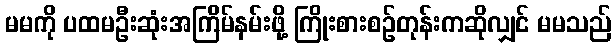
မမကို ပထမဦးဆုံးအကြိမ်နမ်းဖို့ ကြိုးစားစဉ်တုန်းကဆိုလျှင် မမသည်